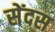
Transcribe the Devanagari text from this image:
सेंदस